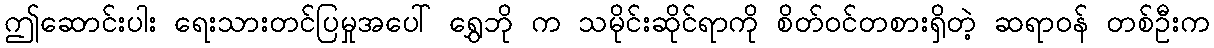
ဤဆောင်းပါး ရေးသားတင်ပြမှုအပေါ် ရွှေဘို က သမိုင်းဆိုင်ရာကို စိတ်ဝင်တစားရှိတဲ့ ဆရာဝန် တစ်ဦးက